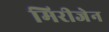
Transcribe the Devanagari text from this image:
मिरीजेन